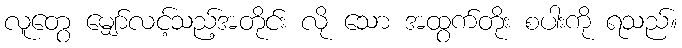
လူတွေ မျှော်လင့်သည့်အတိုင်း လို သော အထွက်တိုး စပါးကို ရသည်။